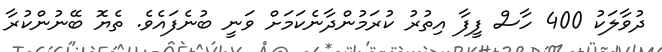
ދުވާލަކު 400 ހާސް ފީފާ އިތުރު ކުރަމުންދާނެކަމަށް ވަނީ ބުނެފައެވެ. ތެޔޮ ބޭނުންކުރާ